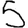
Digit: 5